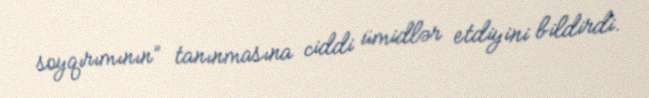
soyqırımının” tanınmasına ciddi ümidlər etdiyini bildirdi.